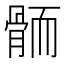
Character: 𱅭